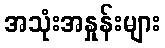
အသုံးအနှုန်းများ